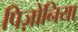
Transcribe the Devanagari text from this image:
पिज़ोनिया